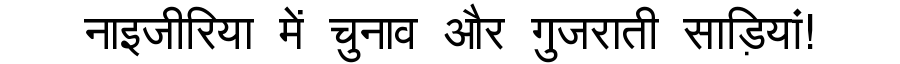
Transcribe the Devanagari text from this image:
नाइजीरिया में चुनाव और गुजराती साड़ियां!